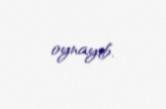
oynayıb.